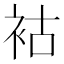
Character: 𧙖